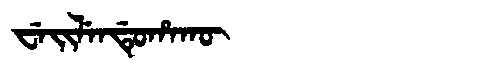
Manchu: ᠸᡝᡳᠯᡝᠨᡩᡠᡥᠠᡴᡡ
Romanization: WEILENDUHAKŪ